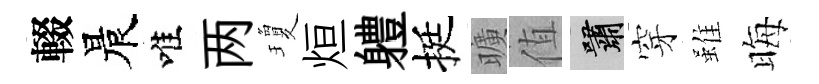
輟晨唯两瓊烜軆挺曠值嘯穿雖晦